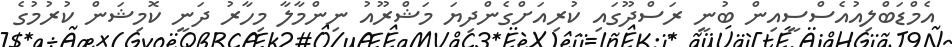
އެމްޑަބްލިއުއެސްސީއިން ބުނީ ރަސްދޫގައި ކުރިއަށްގެންދިޔަ މަޝްރޫއު ނިންމާލާ މިހާރު ދަނީ ކޮމިޝަން ކުރުމުގެ